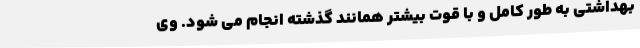
بهداشتی به طور کامل و با قوت بیشتر همانند گذشته انجام می شود. وی